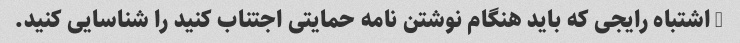
5 اشتباه رایجی که باید هنگام نوشتن نامه حمایتی اجتناب کنید را شناسایی کنید.